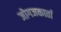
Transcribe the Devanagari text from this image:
जोगजकार्ता